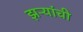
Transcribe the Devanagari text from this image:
झऱ्यांची